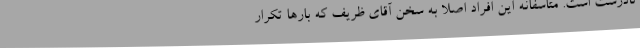
نادرست است. متاسفانه این افراد اصلا به سخن آقای ظریف که بار‌ها تکرار